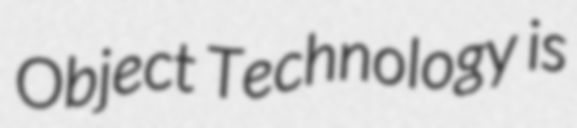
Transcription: Object Technology is